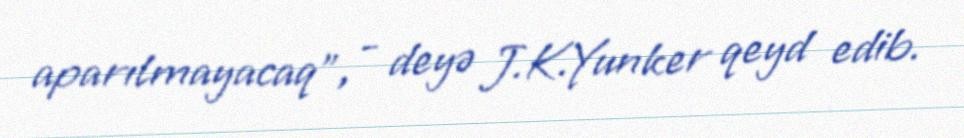
aparılmayacaq”, - deyə J.K.Yunker qeyd edib.